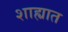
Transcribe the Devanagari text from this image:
शाह्यात